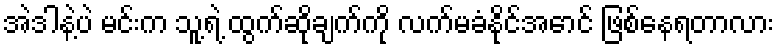
အဲဒါနဲ့ပဲ မင်းက သူ့ရဲ့ ထွက်ဆိုချက်ကို လက်မခံနိုင်အောင် ဖြစ်နေရတာလား